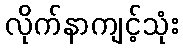
လိုက်နာကျင့်သုံး